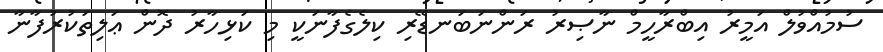
ސުމުއްވުލް އަމީރު އިބްރާހީމް ނާޞިރު ރަންނަބަނޑޭރި ކިލެގެފާނަކީ މި ކަޅިހާރު ދޮން ޢަލިތަކުރުފާނާ